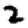
Digit: 2